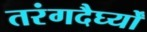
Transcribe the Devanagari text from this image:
तरंगदैर्घ्यों